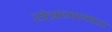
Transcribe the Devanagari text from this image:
यंत्रणामय